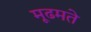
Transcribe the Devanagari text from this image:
मूढमते